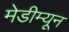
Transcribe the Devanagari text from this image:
मेडीम्यून